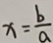
x = \frac { b } { a }